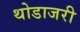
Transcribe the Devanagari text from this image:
थोडाजरी